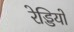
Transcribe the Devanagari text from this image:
रेड्डियों